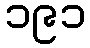
၁၉၁